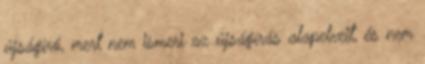
újságíró, mert nem ismeri az újságírás alapelveit, és nem